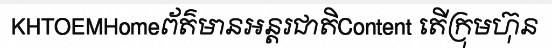
KHTOEMHomeព័ត៌មានអន្តរជាតិContent តើក្រុមហ៊ុន